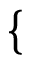
\left\{ \begin{array} { l } { \begin{array} { r l r } \end{array} } \end{array} \right.